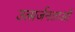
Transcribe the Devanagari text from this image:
उत्सर्जनताओं